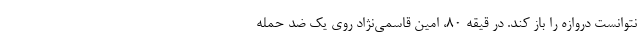
نتوانست دروازه را باز کند. در قیقه ۸۰، امین قاسمی‌نژاد روی یک ضد حمله